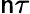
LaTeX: \mathsf{n}\tau